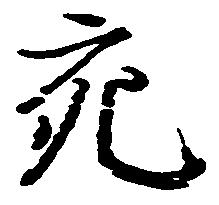
充